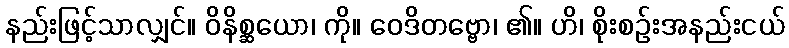
နည်းဖြင့်သာလျှင်။ ဝိနိစ္ဆယော၊ ကို။ ဝေဒိတဗ္ဗော၊ ၏။ ဟိ၊ စိုးစဉ်းအနည်းငယ်